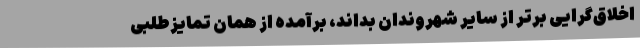
اخلاق‌گرایی برتر از سایر شهروندان بداند، برآمده از همان تمایزطلبی